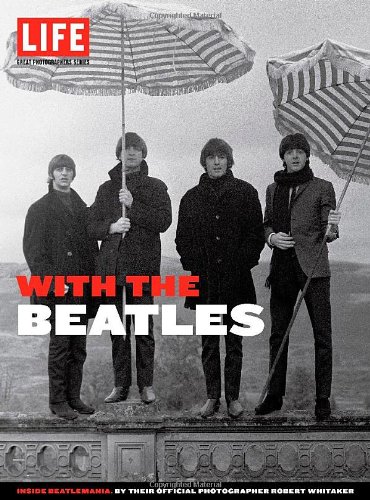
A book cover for LIFE With the Beatles: Inside Beatlemania, by their Official Photographer Robert Whitaker (Life Great Photographers Series); Editors of Life; Humor & Entertainment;